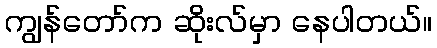
ကျွန်တော်က ဆိုးလ်မှာ နေပါတယ်။